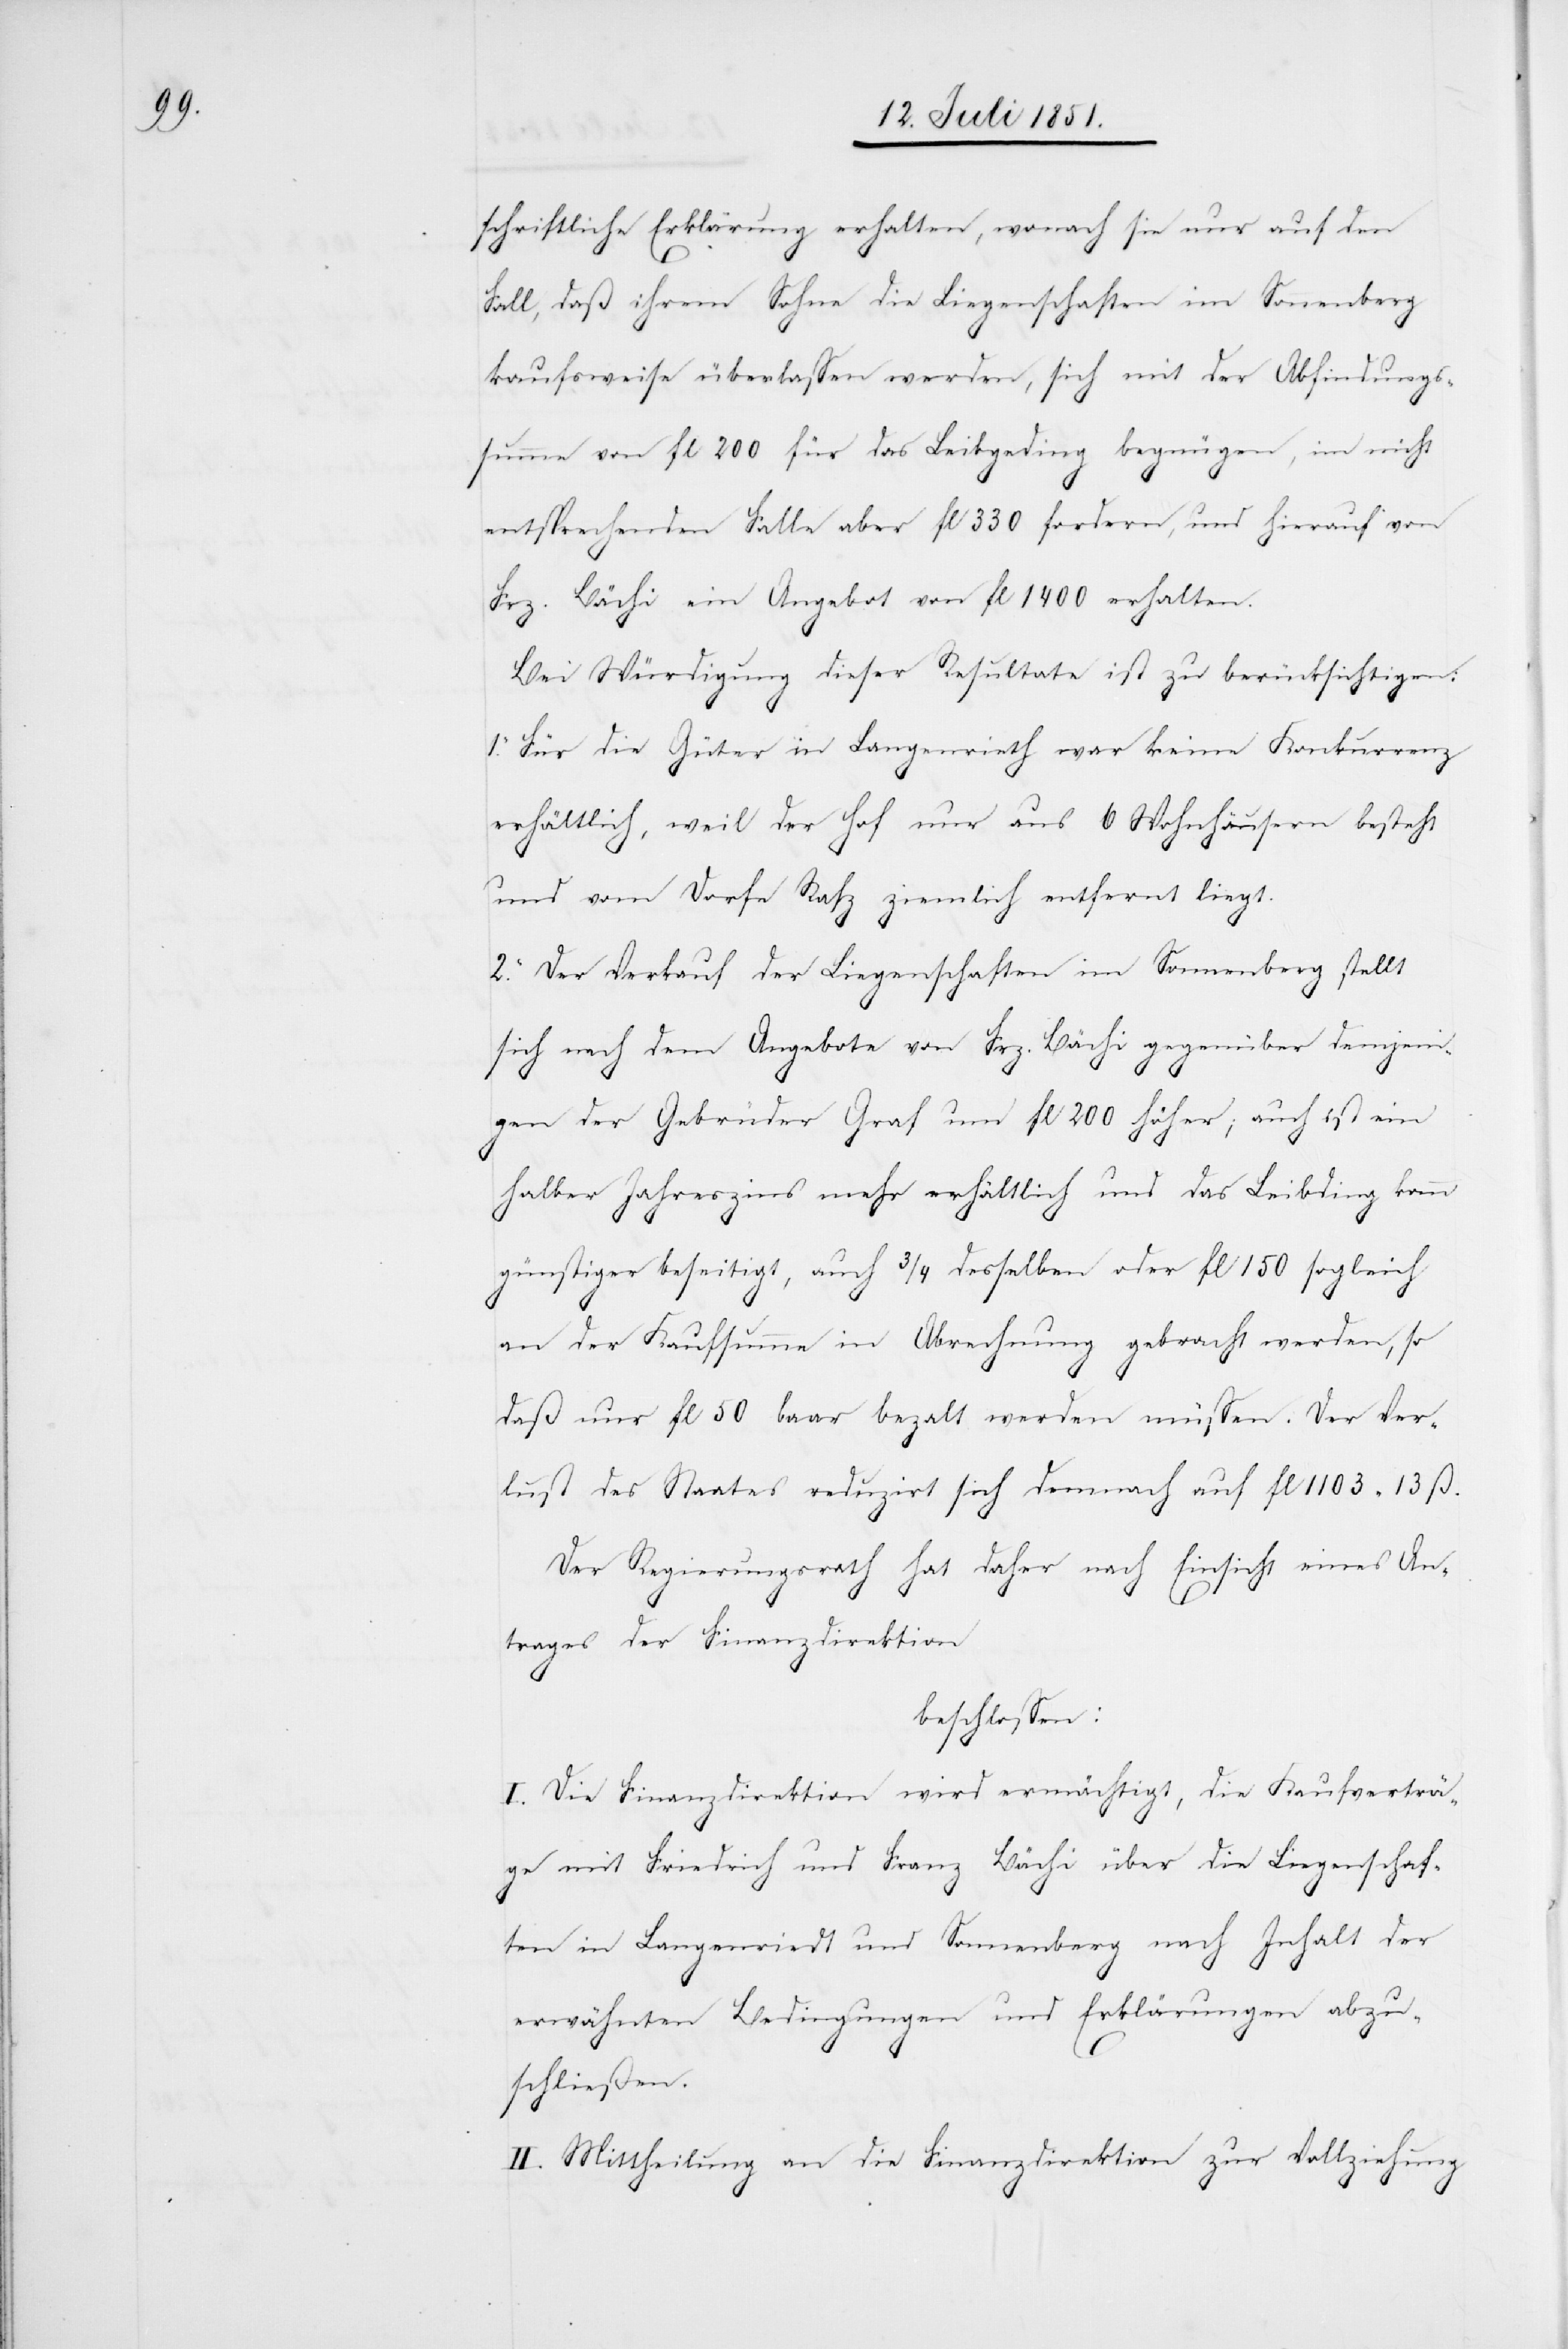
schriftliche Erklärung erhalten, wonach sie nur auf den
Fall, daß ihrem Sohne die Liegenschaften im Sonnenberg
kaufsweise überlassen werden, sich mit der Abfindungs¬
summe von fl 200 für das Leibgeding begnügen, im nicht
entsprechenden Falle aber fl 330 fordern, und hierauf von
Frz. Bächi ein Angebot von fl 1400 erhalten.
Bei Würdigung dieser Resultate ist zu berücksichtigen:
1. Für die Güter in Langenrieth war keine Konkurrenz
erhältlich, weil der Hof nur aus 6 Wohnhäusern besteht
und vom Dorfe Rafz ziemlich entfernt liegt.
2. Der Verkauf der Liegenschaften im Sonnenberg stellt
sich nach dem Angebote von Frz. Bächi gegenüber demjeni¬
gen der Gebrüder Graf um fl 200 höher; auch ist ein
halber Jahreszins mehr erhältlich und das Leibding kann
günstiger beseitigt, auch 3/4 desselben oder fl 150 sogleich
an der Kaufsumme in Abrechnung gebracht werden, so
daß nur fl 50 baar beza[h]lt werden müssen. Der Ver¬
lust des Staates reduzirt sich demnach auf fl 1103 13 ß.
Der Regierungsrath hat daher nach Einsicht eines An¬
trages der Finanzdirektion
beschlossen:
I. Die Finanzdirektion wird ermächtigt, die Kaufverträ¬
ge mit Friedrich und Franz Bächi über die Liegenschaf¬
ten in Langenriedt und Sonnenberg nach Inhalt der
erwähnten Bedingungen und Erklärungen abzu¬
schließen.
II. Mittheilung an die Finanzdirektion zur Vollziehung